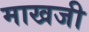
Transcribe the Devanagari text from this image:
माखजी